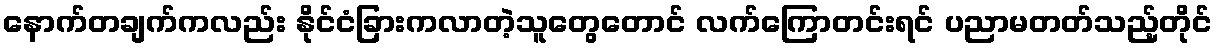
နောက်တချက်ကလည်း နိုင်ငံခြားကလာတဲ့သူတွေတောင် လက်ကြောတင်းရင် ပညာမတတ်သည့်တိုင်